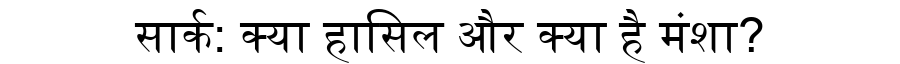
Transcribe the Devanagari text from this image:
सार्क: क्या हासिल और क्या है मंशा?